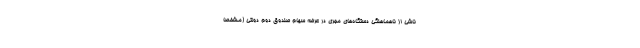
ناشی از ناهماهنگی دستگاه‌های مجری در عرضه سهام صندوق دوم دولتی (مشخصاً